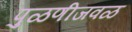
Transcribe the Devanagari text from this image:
पुळणीजवळ